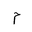
Letter: _mim